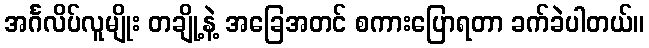
အင်္ဂလိပ်လူမျိုး တချို့နဲ့ အခြေအတင် စကားပြောရတာ ခက်ခဲပါတယ်။